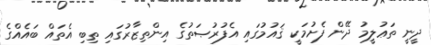
ދީނީ ތަޢުލީމު ދޭން ފެށުމަކީ ޤައުމުގައި އެފުރުޞަތުގެ އިންތިޒާރުގައި ތިބި އެތައް ބައެއްގެ